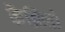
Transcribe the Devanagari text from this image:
कैब्रिलो